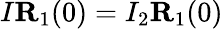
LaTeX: I{\mathbf R}_{1}(0)=I_{2}{\mathbf R}_{1}(0)